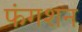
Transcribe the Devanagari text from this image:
फंगशन